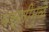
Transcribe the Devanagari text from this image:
बस्तीमुळे